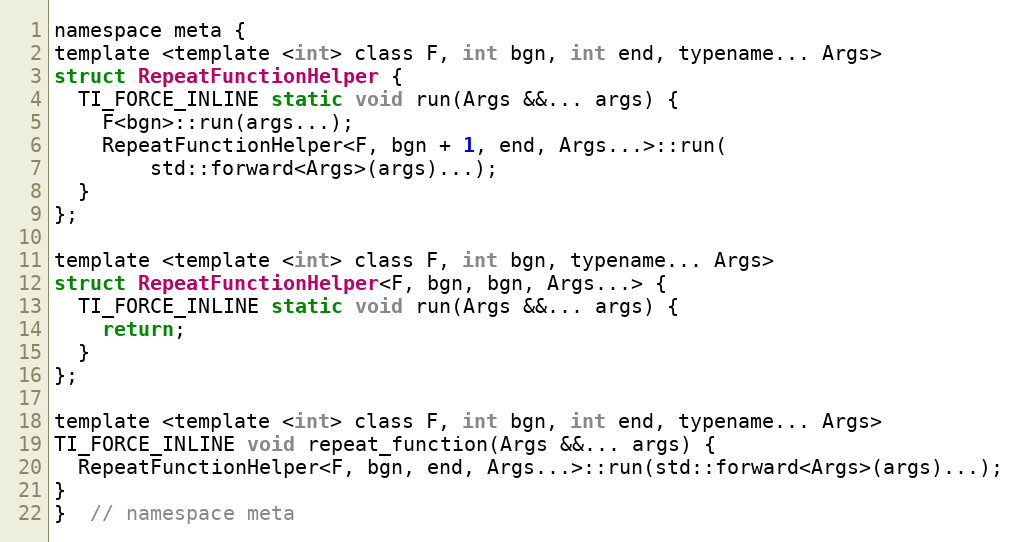
Language: C
namespace meta {
template <template <int> class F, int bgn, int end, typename... Args>
struct RepeatFunctionHelper {
  TI_FORCE_INLINE static void run(Args &&... args) {
    F<bgn>::run(args...);
    RepeatFunctionHelper<F, bgn + 1, end, Args...>::run(
        std::forward<Args>(args)...);
  }
};

template <template <int> class F, int bgn, typename... Args>
struct RepeatFunctionHelper<F, bgn, bgn, Args...> {
  TI_FORCE_INLINE static void run(Args &&... args) {
    return;
  }
};

template <template <int> class F, int bgn, int end, typename... Args>
TI_FORCE_INLINE void repeat_function(Args &&... args) {
  RepeatFunctionHelper<F, bgn, end, Args...>::run(std::forward<Args>(args)...);
}
}  // namespace meta